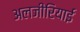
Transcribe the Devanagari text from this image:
अलजीरियाई